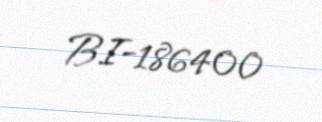
BI-186400